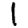
Digit: 1